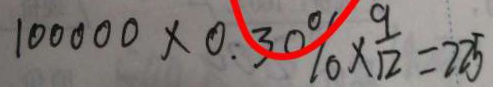
1 0 0 0 0 0 \times 0 . 3 0 \% \times \frac { 9 } { 1 2 } = 2 2 5